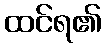
ထင်ရ၏